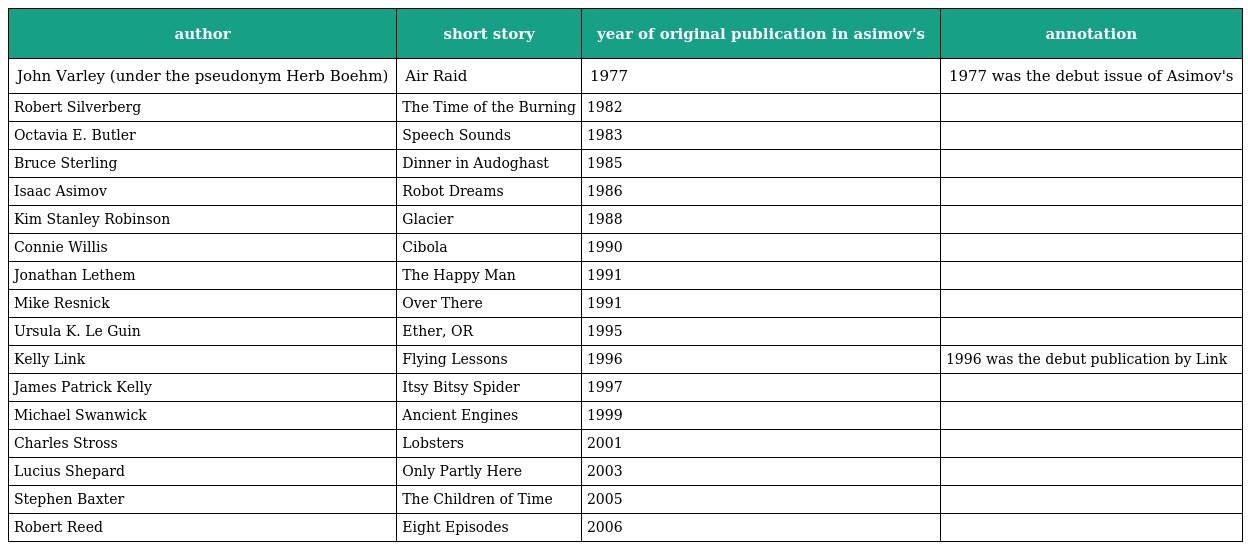
| author | short story | year of original publication in asimov's | annotation |
 | --- | --- | --- | --- |
 | John Varley (under the pseudonym Herb Boehm) | Air Raid | 1977 | 1977 was the debut issue of Asimov's |
 | Robert Silverberg | The Time of the Burning | 1982 |  |
 | Octavia E. Butler | Speech Sounds | 1983 |  |
 | Bruce Sterling | Dinner in Audoghast | 1985 |  |
 | Isaac Asimov | Robot Dreams | 1986 |  |
 | Kim Stanley Robinson | Glacier | 1988 |  |
 | Connie Willis | Cibola | 1990 |  |
 | Jonathan Lethem | The Happy Man | 1991 |  |
 | Mike Resnick | Over There | 1991 |  |
 | Ursula K. Le Guin | Ether, OR | 1995 |  |
 | Kelly Link | Flying Lessons | 1996 | 1996 was the debut publication by Link |
 | James Patrick Kelly | Itsy Bitsy Spider | 1997 |  |
 | Michael Swanwick | Ancient Engines | 1999 |  |
 | Charles Stross | Lobsters | 2001 |  |
 | Lucius Shepard | Only Partly Here | 2003 |  |
 | Stephen Baxter | The Children of Time | 2005 |  |
 | Robert Reed | Eight Episodes | 2006 |  |